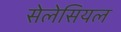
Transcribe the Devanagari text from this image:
सेलेसियल